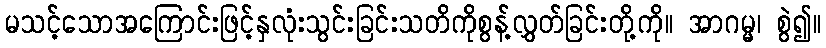
မသင့်သောအကြောင်းဖြင့်နှလုံးသွင်းခြင်းသတိကိုစွန့်လွှတ်ခြင်းတို့ကို။ အာဂမ္မ၊ စွဲ၍။